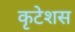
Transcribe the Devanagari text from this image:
कृटेशस